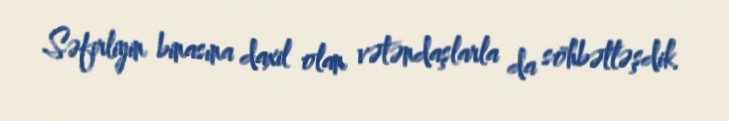
Səfirliyin binasına daxil olan vətəndaşlarla da söhbətləşdik.